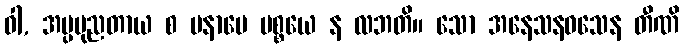
ဝါ, အပ္ပပုညတာယ စ မနာပေ ပစ္စယေ န လဘတိ။ သော အနေသနဝသေန တီဏိ